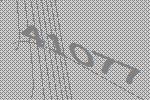
41077